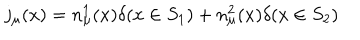
j _ { \mu } ( x ) = n _ { \mu } ^ { 1 } ( x ) \delta ( x \in S _ { 1 } ) + n _ { \mu } ^ { 2 } ( x ) \delta ( x \in S _ { 2 } )